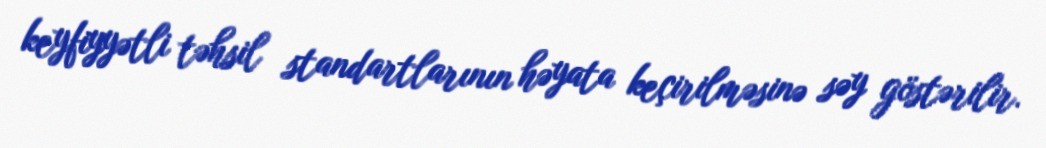
keyfiyyətli təhsil standartlarının həyata keçirilməsinə səy göstərilir.